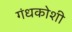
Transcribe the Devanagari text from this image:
गंधकोशी